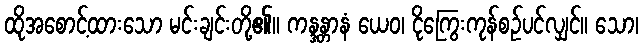
ထိုအစောင့်ထားသော မင်းချင်းတို့၏။ ကန္ဒန္တာနံ ယေဝ၊ ငိုကြွေးကုန်စဉ်ပင်လျှင်။ သော၊